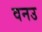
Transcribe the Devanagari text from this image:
वनउ